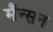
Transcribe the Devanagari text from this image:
मैंन्सन